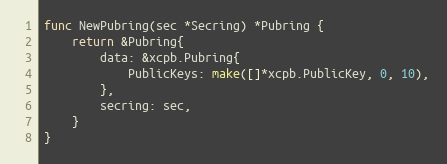
Language: Go
func NewPubring(sec *Secring) *Pubring {
	return &Pubring{
		data: &xcpb.Pubring{
			PublicKeys: make([]*xcpb.PublicKey, 0, 10),
		},
		secring: sec,
	}
}